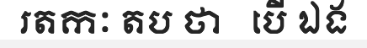
រតកៈ តប ថា   បើ ឯង